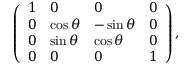
\left( \begin{array} { l l l l } { { 1 } } & { { 0 } } & { { 0 } } & { { 0 } } \\ { { 0 } } & { { \cos \theta } } & { { - \sin \theta } } & { { 0 } } \\ { { 0 } } & { { \sin \theta } } & { { \cos \theta } } & { { 0 } } \\ { { 0 } } & { { 0 } } & { { 0 } } & { { 1 } } \end{array} \right) ,